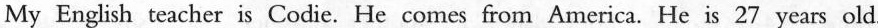
My English teacher is Codie. He comes from America. He is 27 years old.